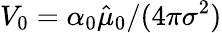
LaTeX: V_{0}=\alpha_{0}\hat{\mu}_{0}/(4\pi\sigma^{2})